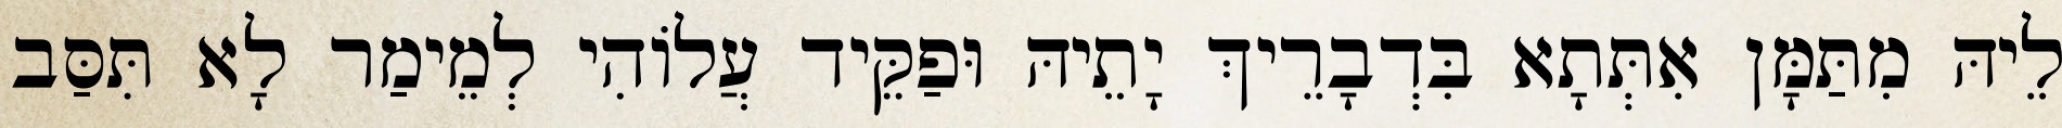
לֵיהּ מִתַּמָּן אִתְּתָא בִּדְבָרֵיךְ יָתֵיהּ וּפַקֵּיד עֲלוֹהִי לְמֵימַר לָא תִּסַּב